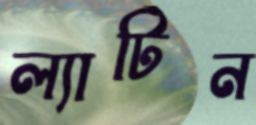
ল্যাটিন